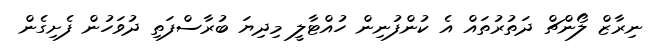
ނިރާޒް ލޯންޗް ދަތުރުތައް އެ ކުންފުނިން ހުއްޓާލީ މިދިޔަ ބުރާސްފަތި ދުވަހުން ފެށިގެން